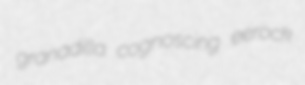
granadilla cognoscing eerock